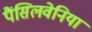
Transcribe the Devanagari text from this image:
पैंसिलवेनिया